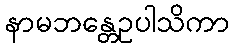
နာမဘန္တေဥပါသိကာ